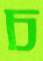
চ